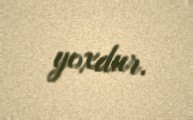
yoxdur.